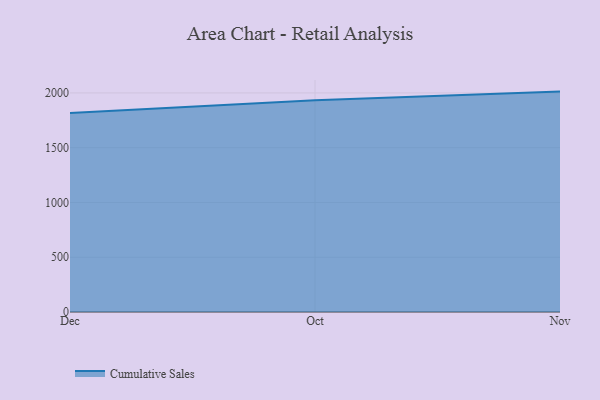
{"axis": {"x": "Month", "y": "Temperature (°C)"}, "legend": ["Cumulative Sales"], "data": [{"x": "Dec", "y": 1816.3, "type": "Cumulative Sales"}, {"x": "Oct", "y": 1932.6, "type": "Cumulative Sales"}, {"x": "Nov", "y": 2012.1, "type": "Cumulative Sales"}]}